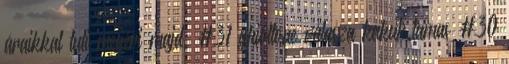
áraikkal tuti megéri majd. #31 ghiottone válasza kakuk.tamas #30